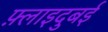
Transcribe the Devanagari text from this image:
फ़्लाइदुबई